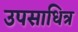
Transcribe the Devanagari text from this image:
उपसाधित्र